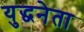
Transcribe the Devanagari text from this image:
युद्धनेता